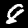
Label: 8